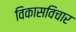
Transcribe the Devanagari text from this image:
विकासविचार